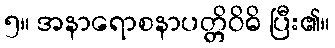
၅။ အနာရောစနာပတ္တိဝိဓိ ပြီး၏။